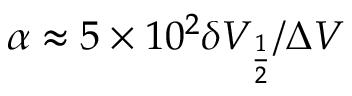
\alpha \approx 5 \times 1 0 ^ { 2 } \delta V _ { \frac { 1 } { 2 } } / \Delta V